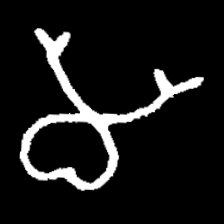
Pyu character \u2014 Myanmar letter: မ (romanized: ma)